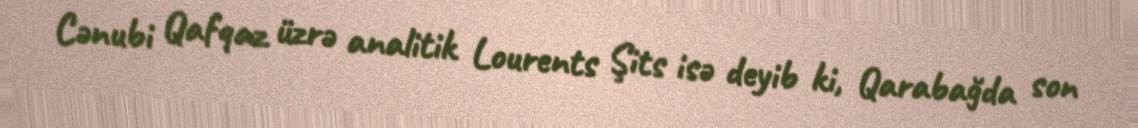
Cənubi Qafqaz üzrə analitik Lourents Şits isə deyib ki, Qarabağda son